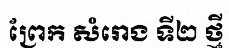
ព្រែក សំរោង ទី២ ថ្មី